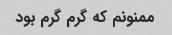
ممنونم که گرم گرم بود